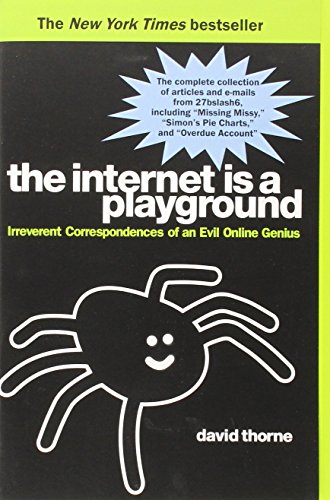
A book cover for The Internet is a Playground: Irreverent Correspondences of an Evil Online Genius; David Thorne; Humor & Entertainment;